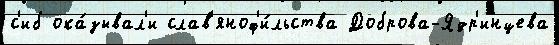
с'иб ока́зывал'и слав'яноф'и́льства Доброва-Ядр'инцева